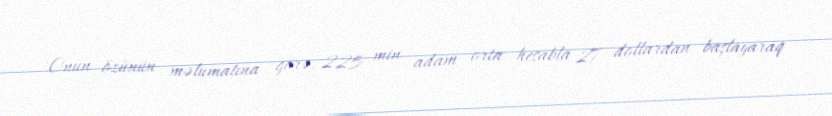
Onun özünün məlumatına görə, 225 min adam orta hesabla 27 dollardan başlayaraq